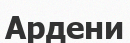
Ардени